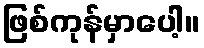
ဖြစ်ကုန်မှာပေါ့။